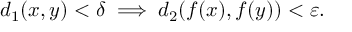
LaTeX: d _ { 1 } ( x , y ) < \delta \implies d _ { 2 } ( f ( x ) , f ( y ) ) < \varepsilon .